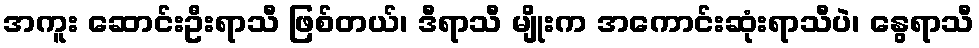
အကူး ဆောင်းဦးရာသီ ဖြစ်တယ်၊ ဒီရာသီ မျိုးက အကောင်းဆုံးရာသီပဲ၊ နွေရာသီ